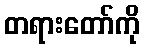
တရားတော်ကို